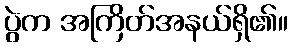
ပွဲက အကြိတ်အနယ်ရှိ၏။